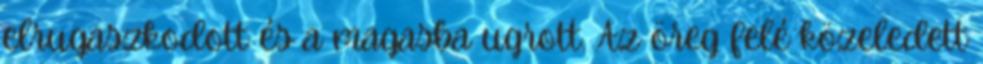
elrugaszkodott és a magasba ugrott. Az öreg felé közeledett